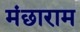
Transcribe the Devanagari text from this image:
मंछाराम